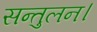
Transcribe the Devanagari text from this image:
सन्तुलन।